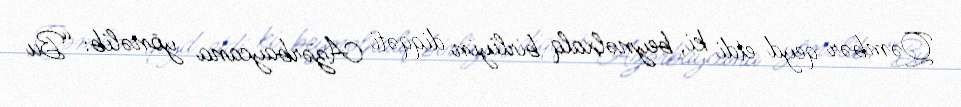
Qəmbər qeyd etdi ki, beynəlxalq birliyin diqqəti Azərbaycana yönəlib: “Bu